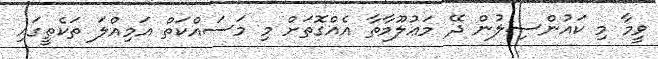
ވީމާ މި ކައުންސިލުން ދޭ މަޢުލޫމާތާ އެއްގޮތަށް މި މަސައްކަތް އަމިއްލަ ތަކެތީގައި